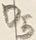
Text: D5